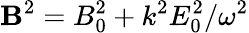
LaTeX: {\mathbf B}^{2}=B_{0}^{2}+k^{2}E_{0}^{2}/\omega^{2}